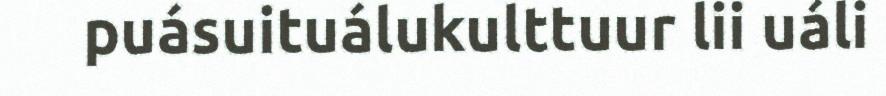
puásuituálukulttuur lii uáli